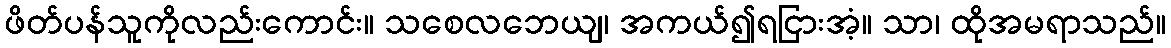
ဖိတ်ပန်သူကိုလည်းကောင်း။ သစေလဘေယျ၊ အကယ်၍ရငြားအံ့။ သာ၊ ထိုအမရာသည်။